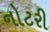
નોટરી